Madras plague regulations and rules - Volume 2
Disease focus: Plague
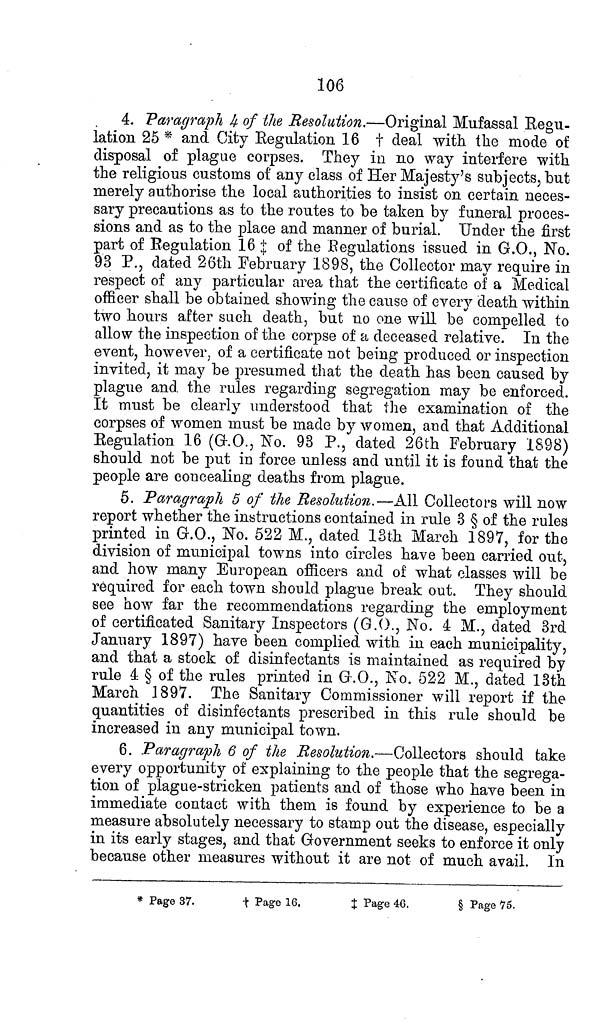
106
4. Paragraph 4 of the Resolution.—Original Mufassal Regu-
lation 25 * and City Regulation 16 † deal with the mode of
disposal of plague corpses. They in no way interfere with
the religious customs of any class of Her Majesty's subjects, but
merely authorise the local authorities to insist on certain neces-
sary precautions as to the routes to be taken by funeral proces-
sions and as to the place and manner of burial. Under the first
part of Regulation 16 ‡ of the Regulations issued in G.O., No.
93 P., dated 26th February 1898, the Collector may require in
respect of any particular area that the certificate of a Medical
officer shall be obtained showing the cause of every death within
two hours after such death, but no one will be compelled to
allow the inspection of the corpse of a deceased relative. In the
event, however, of a certificate not being produced or inspection
invited, it may be presumed that the death has been caused by
plague and the rules regarding segregation may be enforced.
It must be clearly understood that the examination of the
corpses of women must be made by women, and that Additional
Regulation 16 (G.O., No. 93 P., dated 26th February 1898)
should not be put in force unless and until it is found that the
people are concealing deaths from plague.
5. Paragraph 5 of the Resolution.—All Collectors will now
report whether the instructions contained in rule 3 § of the rules
printed in G.O., No. 522 M., dated 13th March 1897, for the
division of municipal towns into circles have been carried out,
and how many European officers and of what classes will be
required for each town should plague break out. They should
see how far the recommendations regarding the employment
of certificated Sanitary Inspectors (G.O., No. 4 M., dated 3rd
January 1897) have been complied with in each municipality,
and that a stock of disinfectants is maintained as required by
rule 4 § of the rules printed in G.O., No. 522 M., dated 13th
March 1897. The Sanitary Commissioner will report if the
quantities of disinfectants prescribed in this rule should be
increased in any municipal town.
6. Paragraph 6 of the Resolution.—Collectors should take
every opportunity of explaining to the people that the segrega-
tion of plague-stricken patients and of those who have been in
immediate contact with them is found by experience to be a
measure absolutely necessary to stamp out the disease, especially
in its early stages, and that Government seeks to enforce it only
because other measures without it are not of much avail. In
* Page 37.
† Page 16.
‡ Page 46.
§ Page 75.